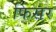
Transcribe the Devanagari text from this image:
फिसर